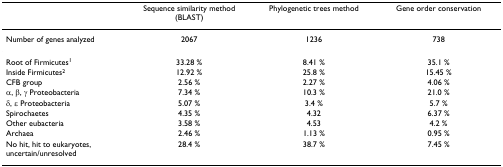
<table><thead><tr><td></td><td><b>Sequence similarity method (BLAST)</b></td><td><b>Phylogenetic trees method</b></td><td><b>Gene order conservation</b></td></tr></thead><tbody><tr><td>Number of genes analyzed</td><td>2067</td><td>1236</td><td>738</td></tr><tr><td>Root of Firmicutes<sup>1</sup></td><td>33.28 %</td><td>8.41 %</td><td>35.1 %</td></tr><tr><td>Inside Firmicutes<sup>2</sup></td><td>12.92 %</td><td>25.8 %</td><td>15.45 %</td></tr><tr><td>CFB group</td><td>2.56 %</td><td>2.27 %</td><td>4.06 %</td></tr><tr><td>α, β, γ Proteobacteria</td><td>7.34 %</td><td>10.3 %</td><td>21.0 %</td></tr><tr><td>δ, ε Proteobacteria</td><td>5.07 %</td><td>3.4 %</td><td>5.7 %</td></tr><tr><td>Spirochaetes</td><td>4.35 %</td><td>4.32</td><td>6.37 %</td></tr><tr><td>Other eubacteria</td><td>3.58 %</td><td>4.53</td><td>4.2 %</td></tr><tr><td>Archaea</td><td>2.46 %</td><td>1.13 %</td><td>0.95 %</td></tr><tr><td>No hit, hit to eukaryotes, uncertain/unresolved</td><td>28.4 %</td><td>38.7 %</td><td>7.45 %</td></tr></tbody></table>